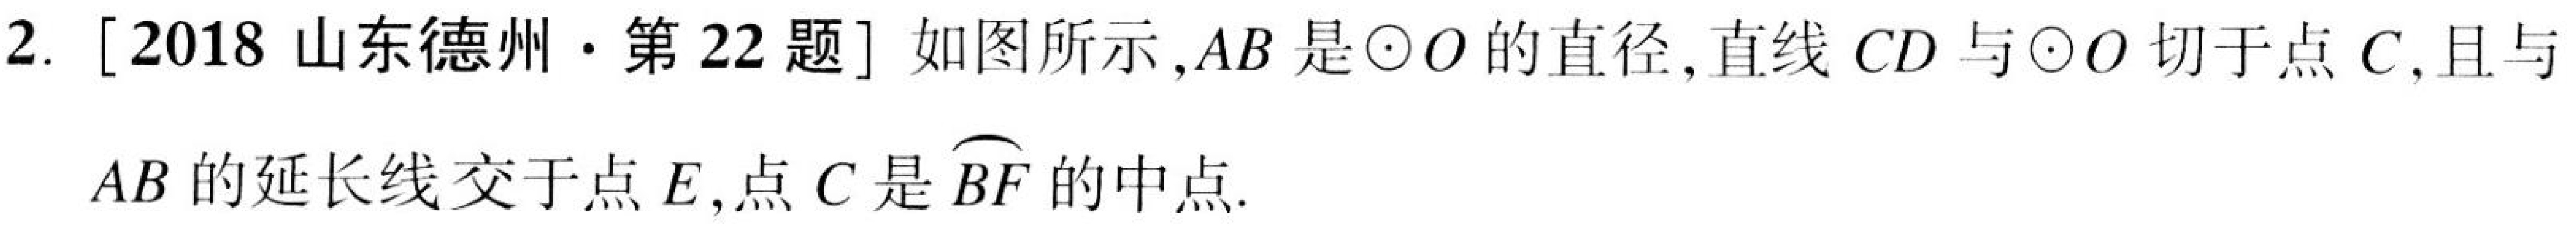
2. [2018 山东德州·第22题] 如图所示，\(AB\) 是\(\odot O\)的直径，直线 \(CD\) 与\(\odot O\) 切于点 \(C\)，且与 \(AB\)的延长线交于点 \(E\)，点 \(C\) 是\(\overset{\frown}{BF}\)的中点.